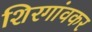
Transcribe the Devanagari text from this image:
शिरगांवकर